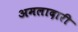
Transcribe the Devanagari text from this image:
अमलादारी